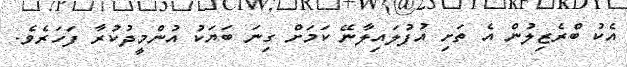
އެކު ބްރެޒިލުން އެ ތަށި އުފުލައިލާނޭ ކަމަށް ގިނަ ބަޔަކު އުންމީދުކުރާ ފަހަރެވެ.